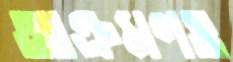
আক্রমণও